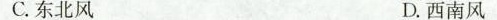
C.东北风 D.西南风